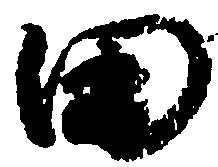
田